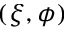
( \xi , \phi )